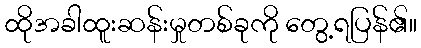
ထိုအခါထူးဆန်းမှုတစ်ခုကို တွေ့ရပြန်၏။